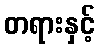
တရားနှင့်